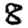
Digit: 8